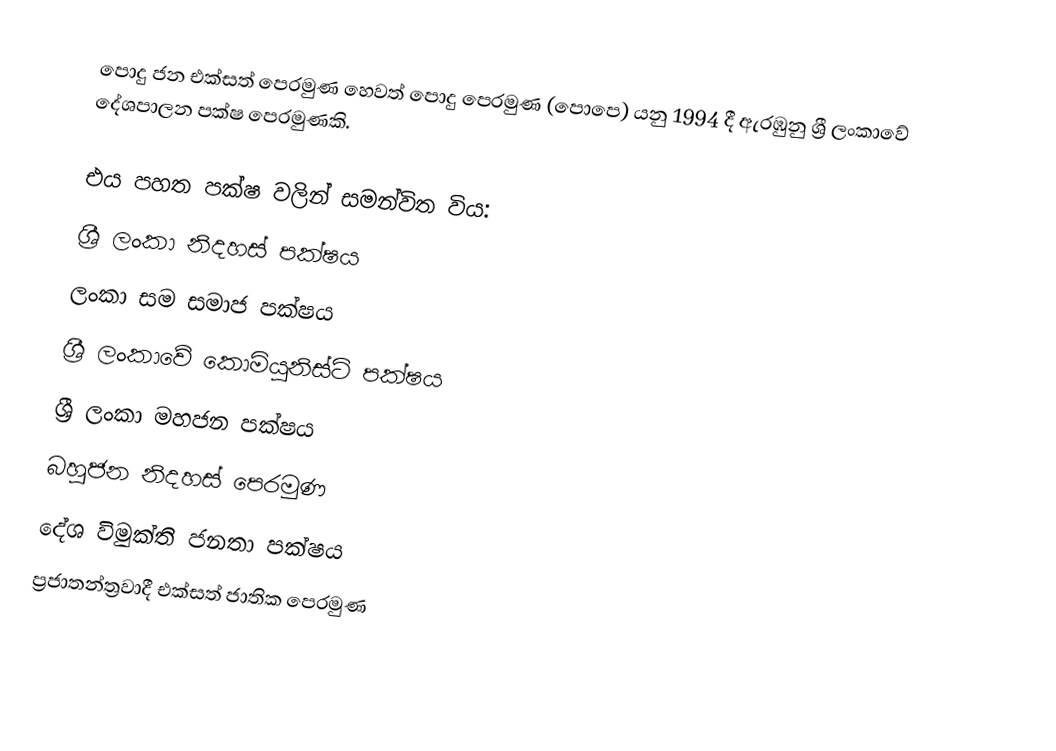
පොදු ජන එක්සත් පෙරමුණ හෙවත්  පොදු පෙරමුණ (පොපෙ) යනු 1994 දී ඇරඹුනු ශ්‍රී ලංකාවේ දේශපාලන පක්ෂ පෙරමුණකි.

එය පහත පක්ෂ වලින් සමන්විත විය:
 ශ්‍රී ලංකා නිදහස් පක්ෂය
 ලංකා සම සමාජ පක්ෂය
 ශ්‍රී ලංකාවේ කොමියුනිස්ට් පක්ෂය
 ශ්‍රී ලංකා මහජන පක්ෂය
 බහුජන නිදහස් පෙරමුණ
 දේශ විමුක්ති ජනතා පක්ෂය
 ප්‍රජාතන්ත්‍රවාදී එක්සත් ජාතික පෙරමුණ